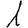
Digit: 1